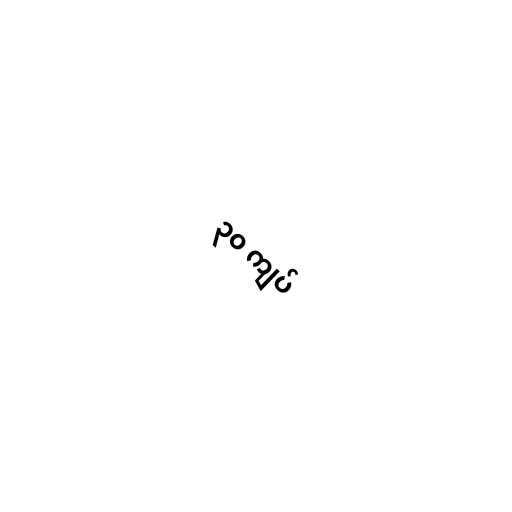
၃၀ ကျပ်